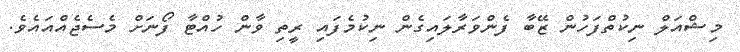
މިޝްއަލް ނިކުތްފަހުން ޒޭބާ ފެންވަރާލައިގެން ނިކުމެފައި ރީތި ވާން ހުއްޓާ ފޯނަށް މެސެޖެއްއައެވެ.